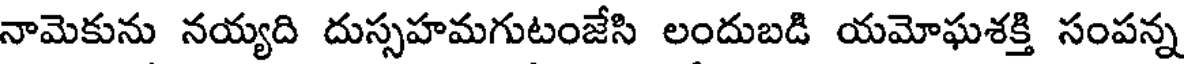
నామెకును నయ్యది దుస్సహమగుటంజేసి లందుబడి యమోఘశక్తి సంపన్న